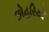
છોહરિયાઁ